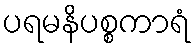
ပရမနိပစ္စကာရံ